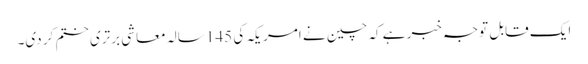
ایک قابل توجہ خبر ہے کہ چین نے امریکہ کی 145 سالہ معاشی برتری ختم کر دی۔